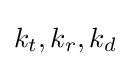
k_{t},k_{r},k_{d}